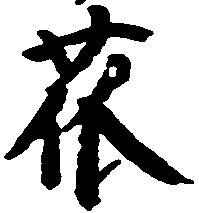
瓜